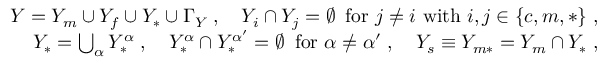
\begin{array} { r } { Y = Y _ { m } \cup Y _ { f } \cup Y _ { * } \cup \Gamma _ { Y } \; , \quad Y _ { i } \cap Y _ { j } = \emptyset \, \mathrm { ~ f o r ~ } j \not = i \mathrm { ~ w i t h ~ } i , j \in \{ c , m , * \} \; , } \\ { Y _ { * } = \bigcup _ { \alpha } Y _ { * } ^ { \alpha } \; , \quad Y _ { * } ^ { \alpha } \cap Y _ { * } ^ { { \alpha } ^ { \prime } } = \emptyset \, \mathrm { ~ f o r ~ } { \alpha } \not = { \alpha } ^ { \prime } \; , \quad Y _ { s } \equiv Y _ { m * } = Y _ { m } \cap Y _ { * } \; , } \end{array}